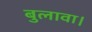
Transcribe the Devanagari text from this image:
बुलावा।